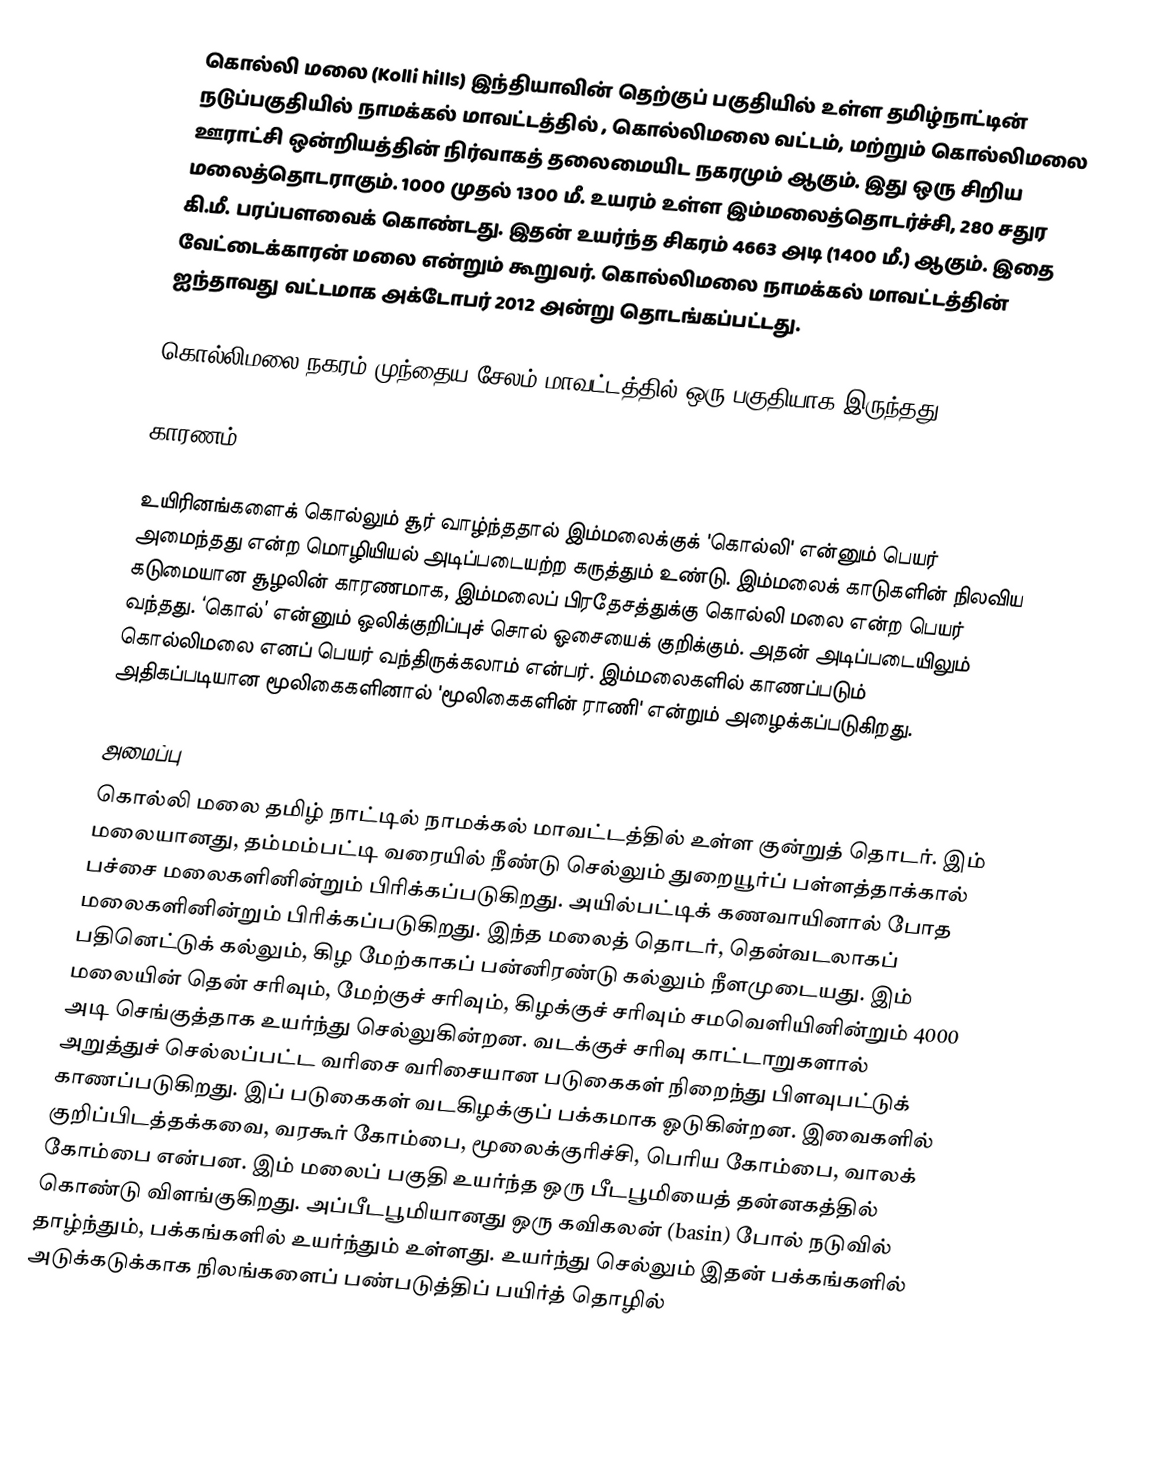
கொல்லி மலை (Kolli hills) இந்தியாவின் தெற்குப் பகுதியில் உள்ள தமிழ்நாட்டின் நடுப்பகுதியில் நாமக்கல் மாவட்டத்தில் , கொல்லிமலை வட்டம், மற்றும்  கொல்லிமலை ஊராட்சி ஒன்றியத்தின் நிர்வாகத் தலைமையிட நகரமும் ஆகும். இது ஒரு சிறிய மலைத்தொடராகும். 1000 முதல் 1300 மீ. உயரம் உள்ள இம்மலைத்தொடர்ச்சி, 280 சதுர கி.மீ. பரப்பளவைக் கொண்டது. இதன் உயர்ந்த சிகரம் 4663 அடி (1400 மீ.) ஆகும். இதை வேட்டைக்காரன் மலை என்றும் கூறுவர். கொல்லிமலை நாமக்கல் மாவட்டத்தின் ஐந்தாவது வட்டமாக அக்டோபர் 2012 அன்று தொடங்கப்பட்டது.

கொல்லிமலை நகரம் முந்தைய சேலம் மாவட்டத்தில் ஒரு பகுதியாக இருந்தது.

காரணம்

உயிரினங்களைக் கொல்லும் சூர் வாழ்ந்ததால் இம்மலைக்குக் 'கொல்லி' என்னும் பெயர் அமைந்தது என்ற மொழியியல் அடிப்படையற்ற கருத்தும் உண்டு. இம்மலைக் காடுகளின் நிலவிய கடுமையான சூழலின் காரணமாக, இம்மலைப் பிரதேசத்துக்கு கொல்லி மலை என்ற பெயர் வந்தது. ‘கொல்’ என்னும் ஒலிக்குறிப்புச் சொல் ஓசையைக் குறிக்கும். அதன் அடிப்படையிலும் கொல்லிமலை எனப் பெயர் வந்திருக்கலாம் என்பர். இம்மலைகளில் காணப்படும் அதிகப்படியான மூலிகைகளினால் 'மூலிகைகளின் ராணி' என்றும் அழைக்கப்படுகிறது.

அமைப்பு
கொல்லி மலை தமிழ் நாட்டில்  நாமக்கல் மாவட்டத்தில் உள்ள குன்றுத் தொடர். இம் மலையானது, தம்மம்பட்டி வரையில் நீண்டு செல்லும் துறையூர்ப் பள்ளத்தாக்கால் பச்சை மலைகளினின்றும் பிரிக்கப்படுகிறது. அயில்பட்டிக் கணவாயினால் போத மலைகளினின்றும் பிரிக்கப்படுகிறது. இந்த மலைத் தொடர், தென்வடலாகப் பதினெட்டுக் கல்லும், கிழ மேற்காகப் பன்னிரண்டு கல்லும் நீளமுடையது. இம் மலையின் தென் சரிவும், மேற்குச் சரிவும், கிழக்குச் சரிவும் சமவெளியினின்றும் 4000 அடி செங்குத்தாக உயர்ந்து செல்லுகின்றன. வடக்குச் சரிவு காட்டாறுகளால் அறுத்துச் செல்லப்பட்ட வரிசை வரிசையான படுகைகள் நிறைந்து பிளவுபட்டுக் காணப்படுகிறது. இப் படுகைகள் வடகிழக்குப் பக்கமாக ஓடுகின்றன. இவைகளில் குறிப்பிடத்தக்கவை, வரகூர் கோம்பை, மூலைக்குரிச்சி, பெரிய கோம்பை, வாலக் கோம்பை என்பன. இம் மலைப் பகுதி உயர்ந்த ஒரு பீடபூமியைத் தன்னகத்தில் கொண்டு விளங்குகிறது. அப்பீடபூமியானது ஒரு கவிகலன் (basin) போல் நடுவில் தாழ்ந்தும், பக்கங்களில் உயர்ந்தும் உள்ளது. உயர்ந்து செல்லும் இதன் பக்கங்களில் அடுக்கடுக்காக நிலங்களைப் பண்படுத்திப் பயிர்த் தொழில்